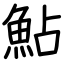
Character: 鮎